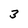
Character: 3